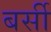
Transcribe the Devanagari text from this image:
बर्सी